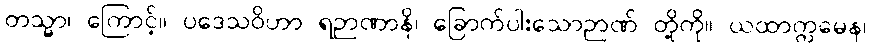
တသ္မာ၊ ကြောင့်။ ပဒေသဝိဟာ ရဉာဏာနိ၊ ခြောက်ပါးသောဉာဏ် တို့ကို။ ယထာက္ကမေန၊